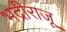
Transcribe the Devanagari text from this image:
भद्रीराजू